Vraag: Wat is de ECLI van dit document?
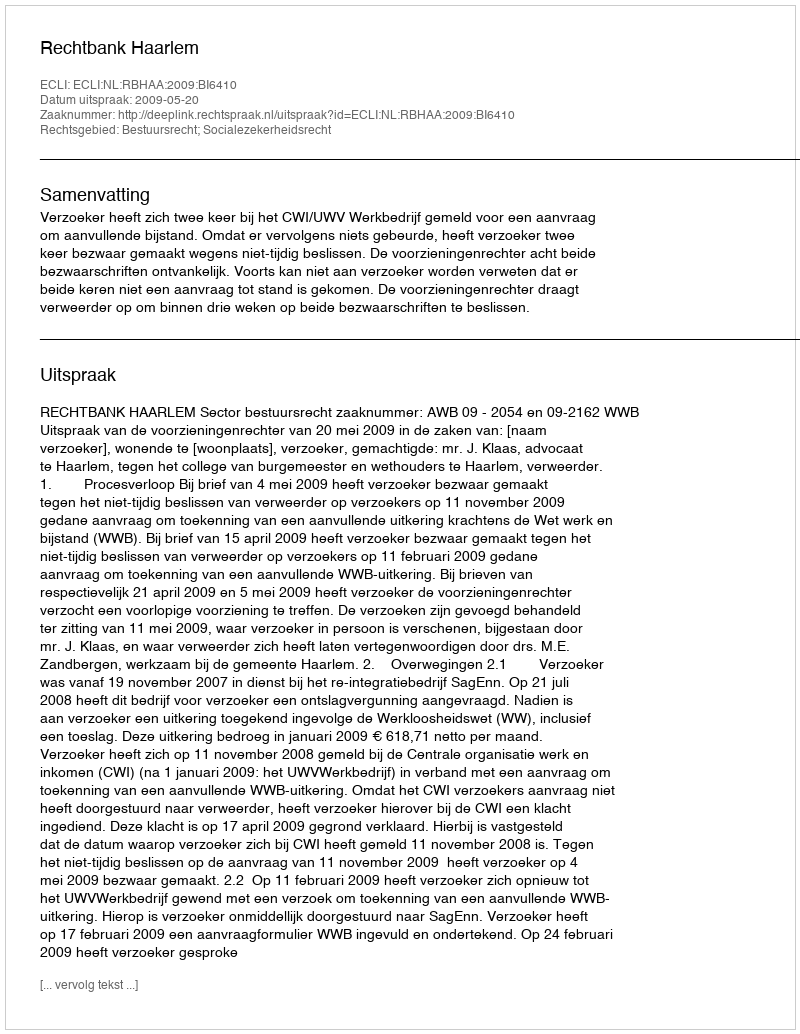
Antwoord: ECLI:NL:RBHAA:2009:BI6410